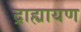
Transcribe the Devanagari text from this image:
द्राह्यायण